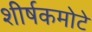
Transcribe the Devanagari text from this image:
शीर्षकमोटे